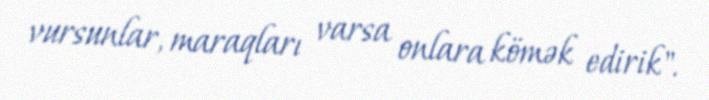
vursunlar, maraqları varsa onlara kömək edirik".